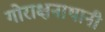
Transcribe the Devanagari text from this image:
गोराक्षनाथानी